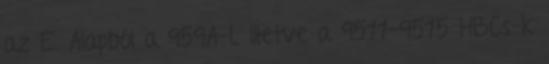
az E. Alapból a 959A-L illetve a 9511-9515 HBCs-k